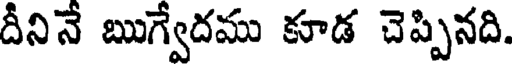
దీనినే ఋగ్వేదము కూడ చెప్పినది.